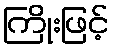
ကြိုးဖြင့်